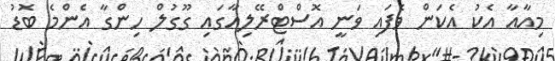
މިއާއާ އެކު އެކަން ވެފައި ވަނީ އޮސްޓްރޭލިއާގައި ގޫގުލް ހިންގާ އެންމެ ބޮޑު